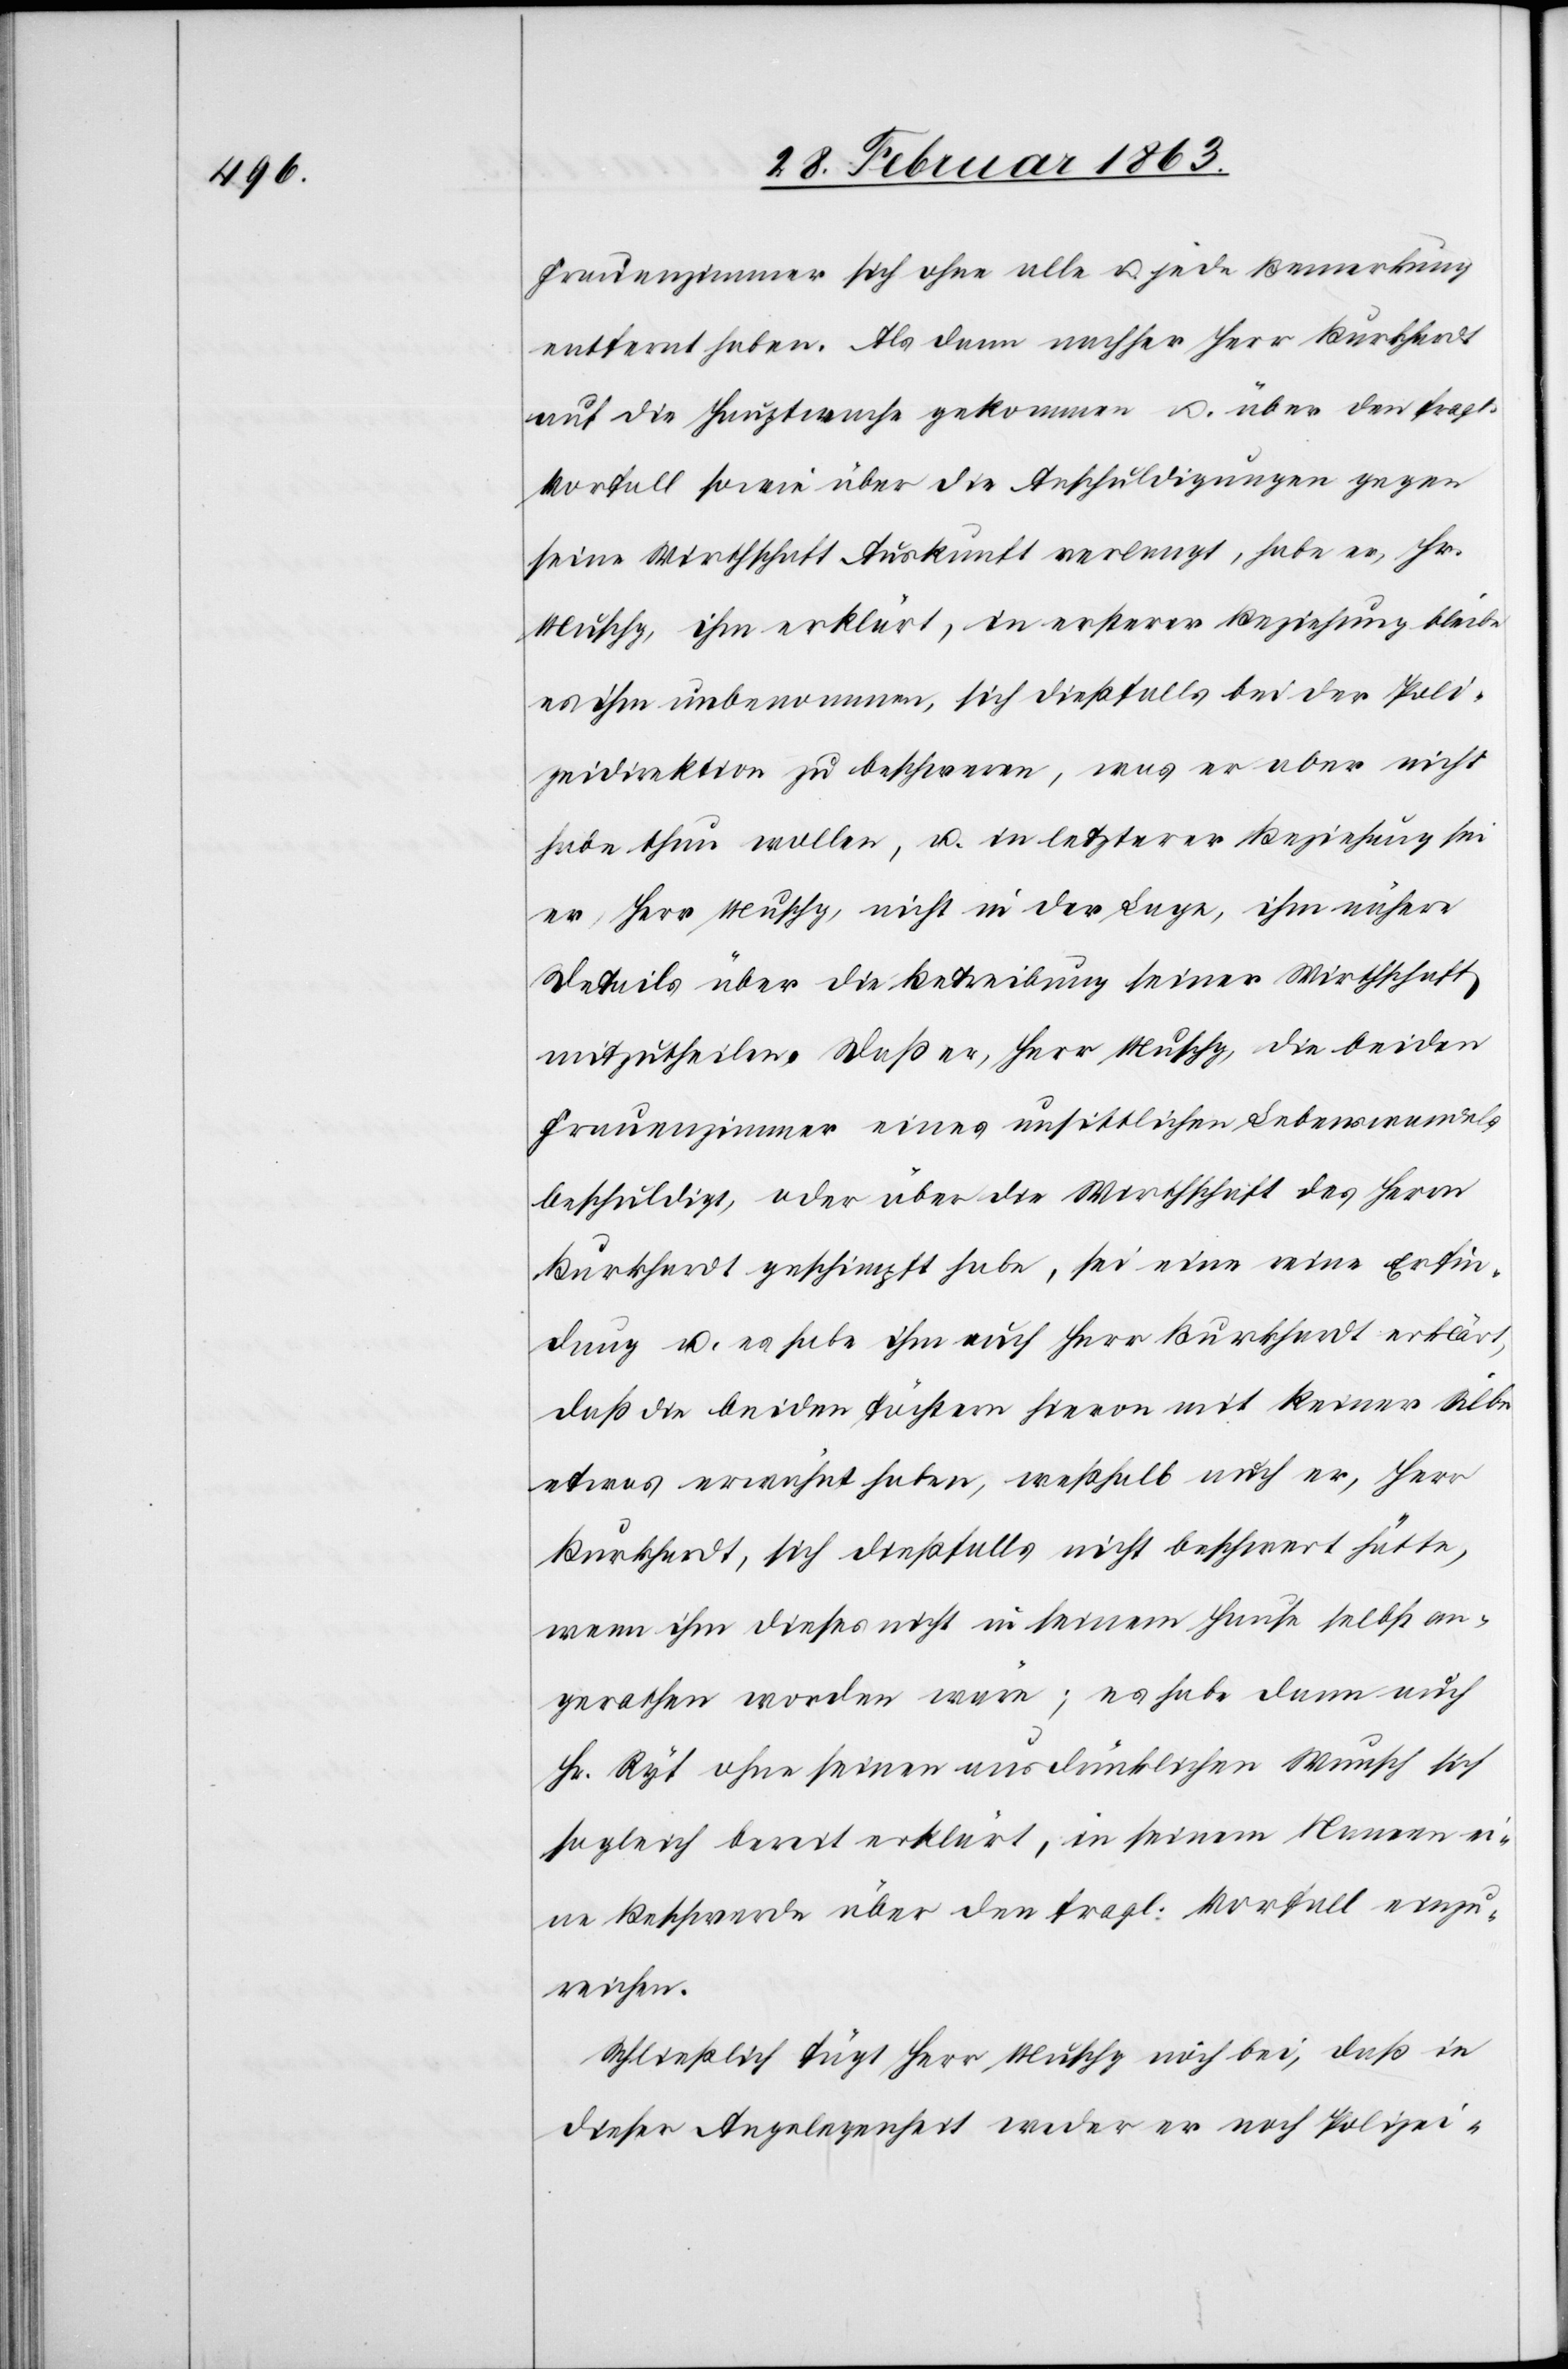
Frauenzimmer sich ohne alle u. jede Bemerkung
entfernt haben. Als dann nachher Herr Burkhardt
auf die Hauptwache gekommen u. über den fragl.
Vorfall sowie über die Anschuldigungen gegen
seine Wirthschaft Auskunft verlangt, habe er, Hr.
Muschg, ihm erklärt, in ersterer Beziehung bleibe
es ihm unbenommen, sich dießfalls bei der Poli¬
zeidirektion zu beschweren, was er aber nicht
habe thun wollen, u. in letzterer Beziehung sei
er, Herr Muschg, nicht in der Lage, ihm nähere
Details über die Betreibung seiner Wirthschaft
mitzutheilen. Daß er, Herr Muschg, die beiden
Frauenzimmer eines unsittlichen Lebenswandels
beschuldigt, oder über die Wirthschaft des Herrn
Burkhardt geschimpft habe, sei eine reine Erfin¬
dung u. es habe ihm auch Herr Burkhardt erklärt,
daß die beiden Töchtern hievon mit keiner Silbe
etwas erwähnt haben, weßhalb auch er, Herr
Burkhardt, sich dießfalls nicht beschwert hätte,
wenn ihm dieses nicht in seinem Hause selbst an¬
gerathen worden wäre; es habe dann auch
Hr. Ryf ohne seinen ausdrücklichen Wunsch sich
sogleich bereit erklärt, in seinem Namen ei¬
ne Beschwerde über den fragl. Vorfall einzu¬
reichen.
Schließlich fügt Herr Muschg noch bei, daß in
dieser Angelegenheit weder er noch Polizei-